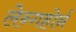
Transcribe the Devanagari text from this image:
लेन्गहोर्न